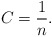
\begin{gather*} C=\frac{1}{n}.\end{gather*}